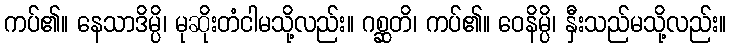
ကပ်၏။ နေသာဒိမ္ပိ၊ မုဆိုးတံငါမသို့လည်း။ ဂစ္ဆတိ၊ ကပ်၏။ ဝေနိမ္ပိ၊ နှီးသည်မသို့လည်း။